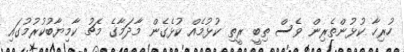
ހުރިހާ ކުޅުންތެރިން ވެސް ތިބީ ރީތި ކުޅުމެއް ކުޅެގެން މާދަމާގެ މެޗު ކާމިޔާބުކުރުމުގައި